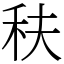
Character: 䄮